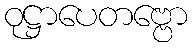
ဝုဋ္ဌာပေတဗ္ဗော